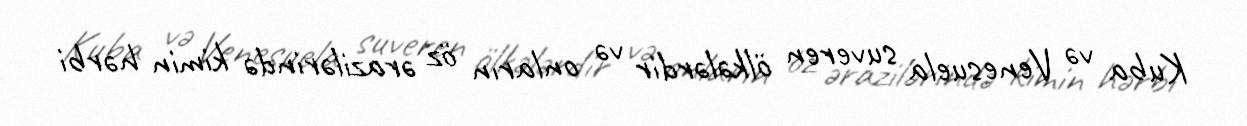
Kuba və Venesuela suveren ölkələrdir və onların öz ərazilərində kimin hərbi